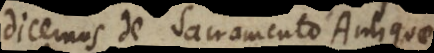
dicemus de Sacramento Antiquae